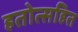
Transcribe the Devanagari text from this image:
हतोत्सहित